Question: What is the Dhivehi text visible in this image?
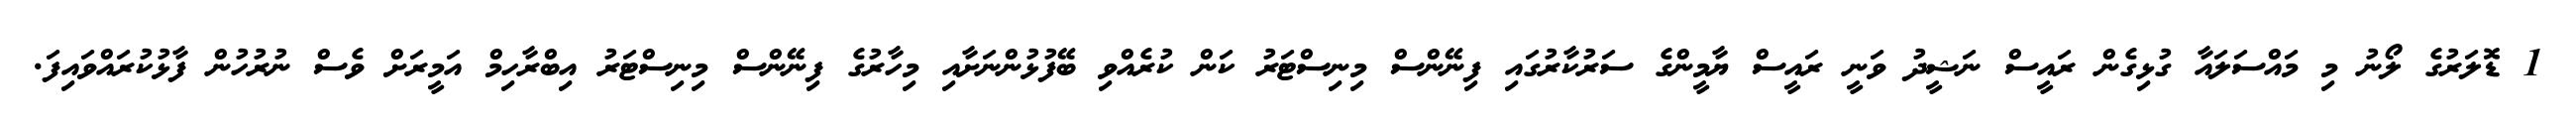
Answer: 1 ޑޮލަރުގެ ލޯނު މި މައްސަލައާ ގުޅިގެން ރައީސް ނަޝީދު ވަނީ ރައީސް ޔާމީންގެ ސަރުކާރުގައި ފިނޭންސް މިނިސްޓަރު ކަން ކުރެއްވި ބޭފުޅުންނަށާއި މިހާރުގެ ފިނޭންސް މިނިސްޓަރު އިބްރާހިމް އަމީރަށް ވެސް ނުރުހުން ފާޅުކުރައްވައިފަ.